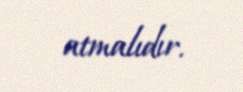
atmalıdır.